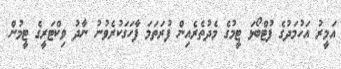
އަމީރު އަހުމަދުގެ ފުޓްބޯޅަ ޓީމުގެ މެދުތެރެއިން ފުރަތަމަ ފާހަގަކުރެވުނު ނާދު ވިކްޓަރީގެ ޓީމުން